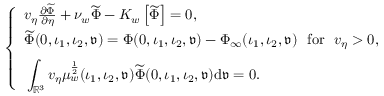
\begin{array} { r } { \left\{ \begin{array} { l } { v _ { \eta } \frac { \partial \widetilde { \Phi } } { \partial \eta } + \nu _ { w } \widetilde { \Phi } - K _ { w } \left[ \widetilde { \Phi } \right] = 0 , } \\ { \rule { 0 ex } { 1.2 em } \widetilde { \Phi } ( 0 , \iota _ { 1 } , \iota _ { 2 } , { \mathfrak { v } } ) = \Phi ( 0 , \iota _ { 1 } , \iota _ { 2 } , { \mathfrak { v } } ) - \Phi _ { \infty } ( \iota _ { 1 } , \iota _ { 2 } , { \mathfrak { v } } ) \ \ \mathrm { f o r } \ \ v _ { \eta } > 0 , } \\ { \rule { 0 ex } { 2 em } \displaystyle \int _ { \mathbb { R } ^ { 3 } } v _ { \eta } \mu _ { w } ^ { \frac { 1 } { 2 } } ( \iota _ { 1 } , \iota _ { 2 } , { \mathfrak { v } } ) \widetilde { \Phi } ( 0 , \iota _ { 1 } , \iota _ { 2 } , { \mathfrak { v } } ) \mathrm { d } { \mathfrak { v } } = 0 . } \end{array} \right. } \end{array}